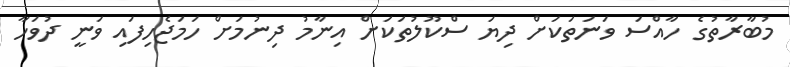
މުބާރާތުގެ ހާއްސަ ވަނަތަކަށް ދިޔަ ސްކޫލުތަކަށް އިނާމު ދިނުމަށް ހަމަޖެހިފައި ވަނީ ދުވަހާ